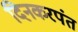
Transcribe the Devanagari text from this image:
दिनकरपंत